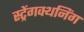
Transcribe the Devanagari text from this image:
स्ट्रेंगक्थनिंग